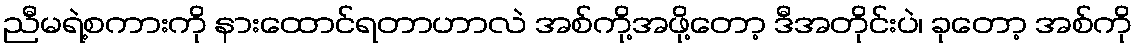
ညီမရဲ့စကားကို နားထောင်ရတာဟာလဲ အစ်ကို့အဖို့တော့ ဒီအတိုင်းပဲ၊ ခုတော့ အစ်ကို